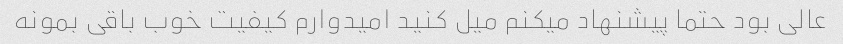
عالی بود حتما پیشنهاد میکنم میل کنید امیدوارم کیفیت خوب باقی بمونه